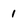
Character: 1